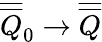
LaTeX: \overline{{\overline{{Q}}}}_{0}\rightarrow\overline{{\overline{{Q}}}}